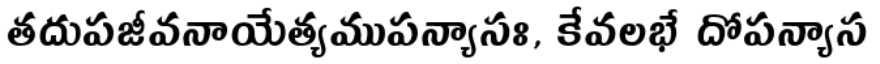
తదుపజీవనాయేత్యముపన్యాసః, కేవలభే దోపన్యాస